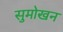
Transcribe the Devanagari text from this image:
सुमोखन